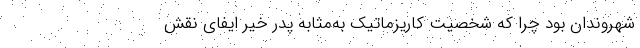
شهروندان بود چرا که شخصیت کاریزماتیک به‌‌مثابه پدر خیّر ایفای نقش